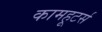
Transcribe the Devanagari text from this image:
कामहूटर्स